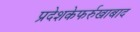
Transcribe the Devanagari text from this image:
प्रदेशकेफर्रुखाबाद